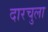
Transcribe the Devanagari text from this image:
दारचुला